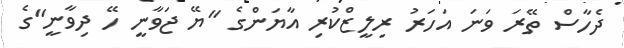
ދެހާސް ތޭރަ ވަނަ އަހަރު ރިލީޒްކުރި އާޔަންގެ "ޔޭ ޖަވާނީ ހޭ ދިވާނީ"ގެ